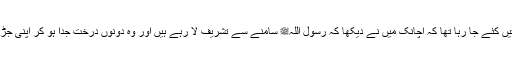
میں بیٹھا اپنے دل میں باتیں کئے جا رہا تھا کہ اچانک میں نے دیکھا کہ رسول اللہﷺ سامنے سے تشریف لا رہے ہیں اور وہ دونوں درخت جدا ہو کر اپنی جڑ پر کھڑے ہو گئے تھے۔